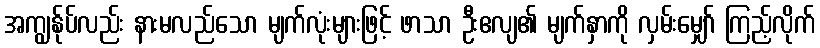
အကျွန်ုပ်လည်း နားမလည်သော မျက်လုံးများဖြင့် ဖာသာ ဦးဧလျ၏ မျက်နှာကို လှမ်းမျှော် ကြည့်လိုက်